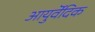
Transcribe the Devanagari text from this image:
आयुर्वॆदिक